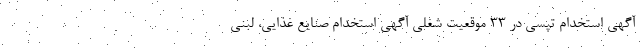
آگهی استخدام تپسی در 33 موقعیت شغلی آگهی استخدام صنایع غذایی، لبنی